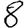
Digit: 8